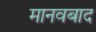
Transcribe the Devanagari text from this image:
मानवबाद